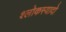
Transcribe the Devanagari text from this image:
श्लोकस्यादो